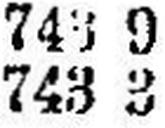
743 3